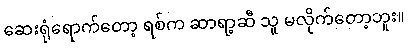
ဆေးရုံရောက်တော့ ရစ်က ဆာရာ့ဆီ သူ မလိုက်တော့ဘူး။